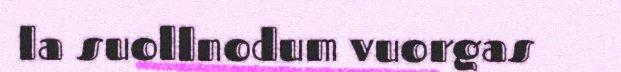
la suollnodum vuorgas